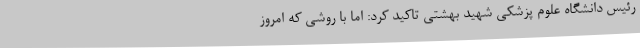
رئیس دانشگاه علوم پزشکی شهید بهشتی تاکید کرد: اما با روشی که امروز